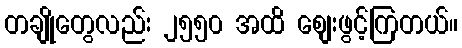
တချိုတွေလည်း ၂၅၅၀ အထိ စျေးဖွင့်ကြတယ်။